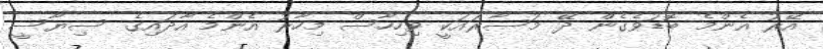
އޭރު އެންމެ ބޮޑުވެގެން ދޭ މުސާރައަކީ ވިހިހާސް މިހާރު އެންމެ އާދައިގެ ސިޔާސީ